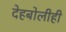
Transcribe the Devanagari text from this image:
देहबोलीही